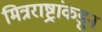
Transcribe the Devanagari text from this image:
मित्रराष्ट्रांकडून